Vaike-Kopu_(Puiatu)_vallavalitsus, lk 38
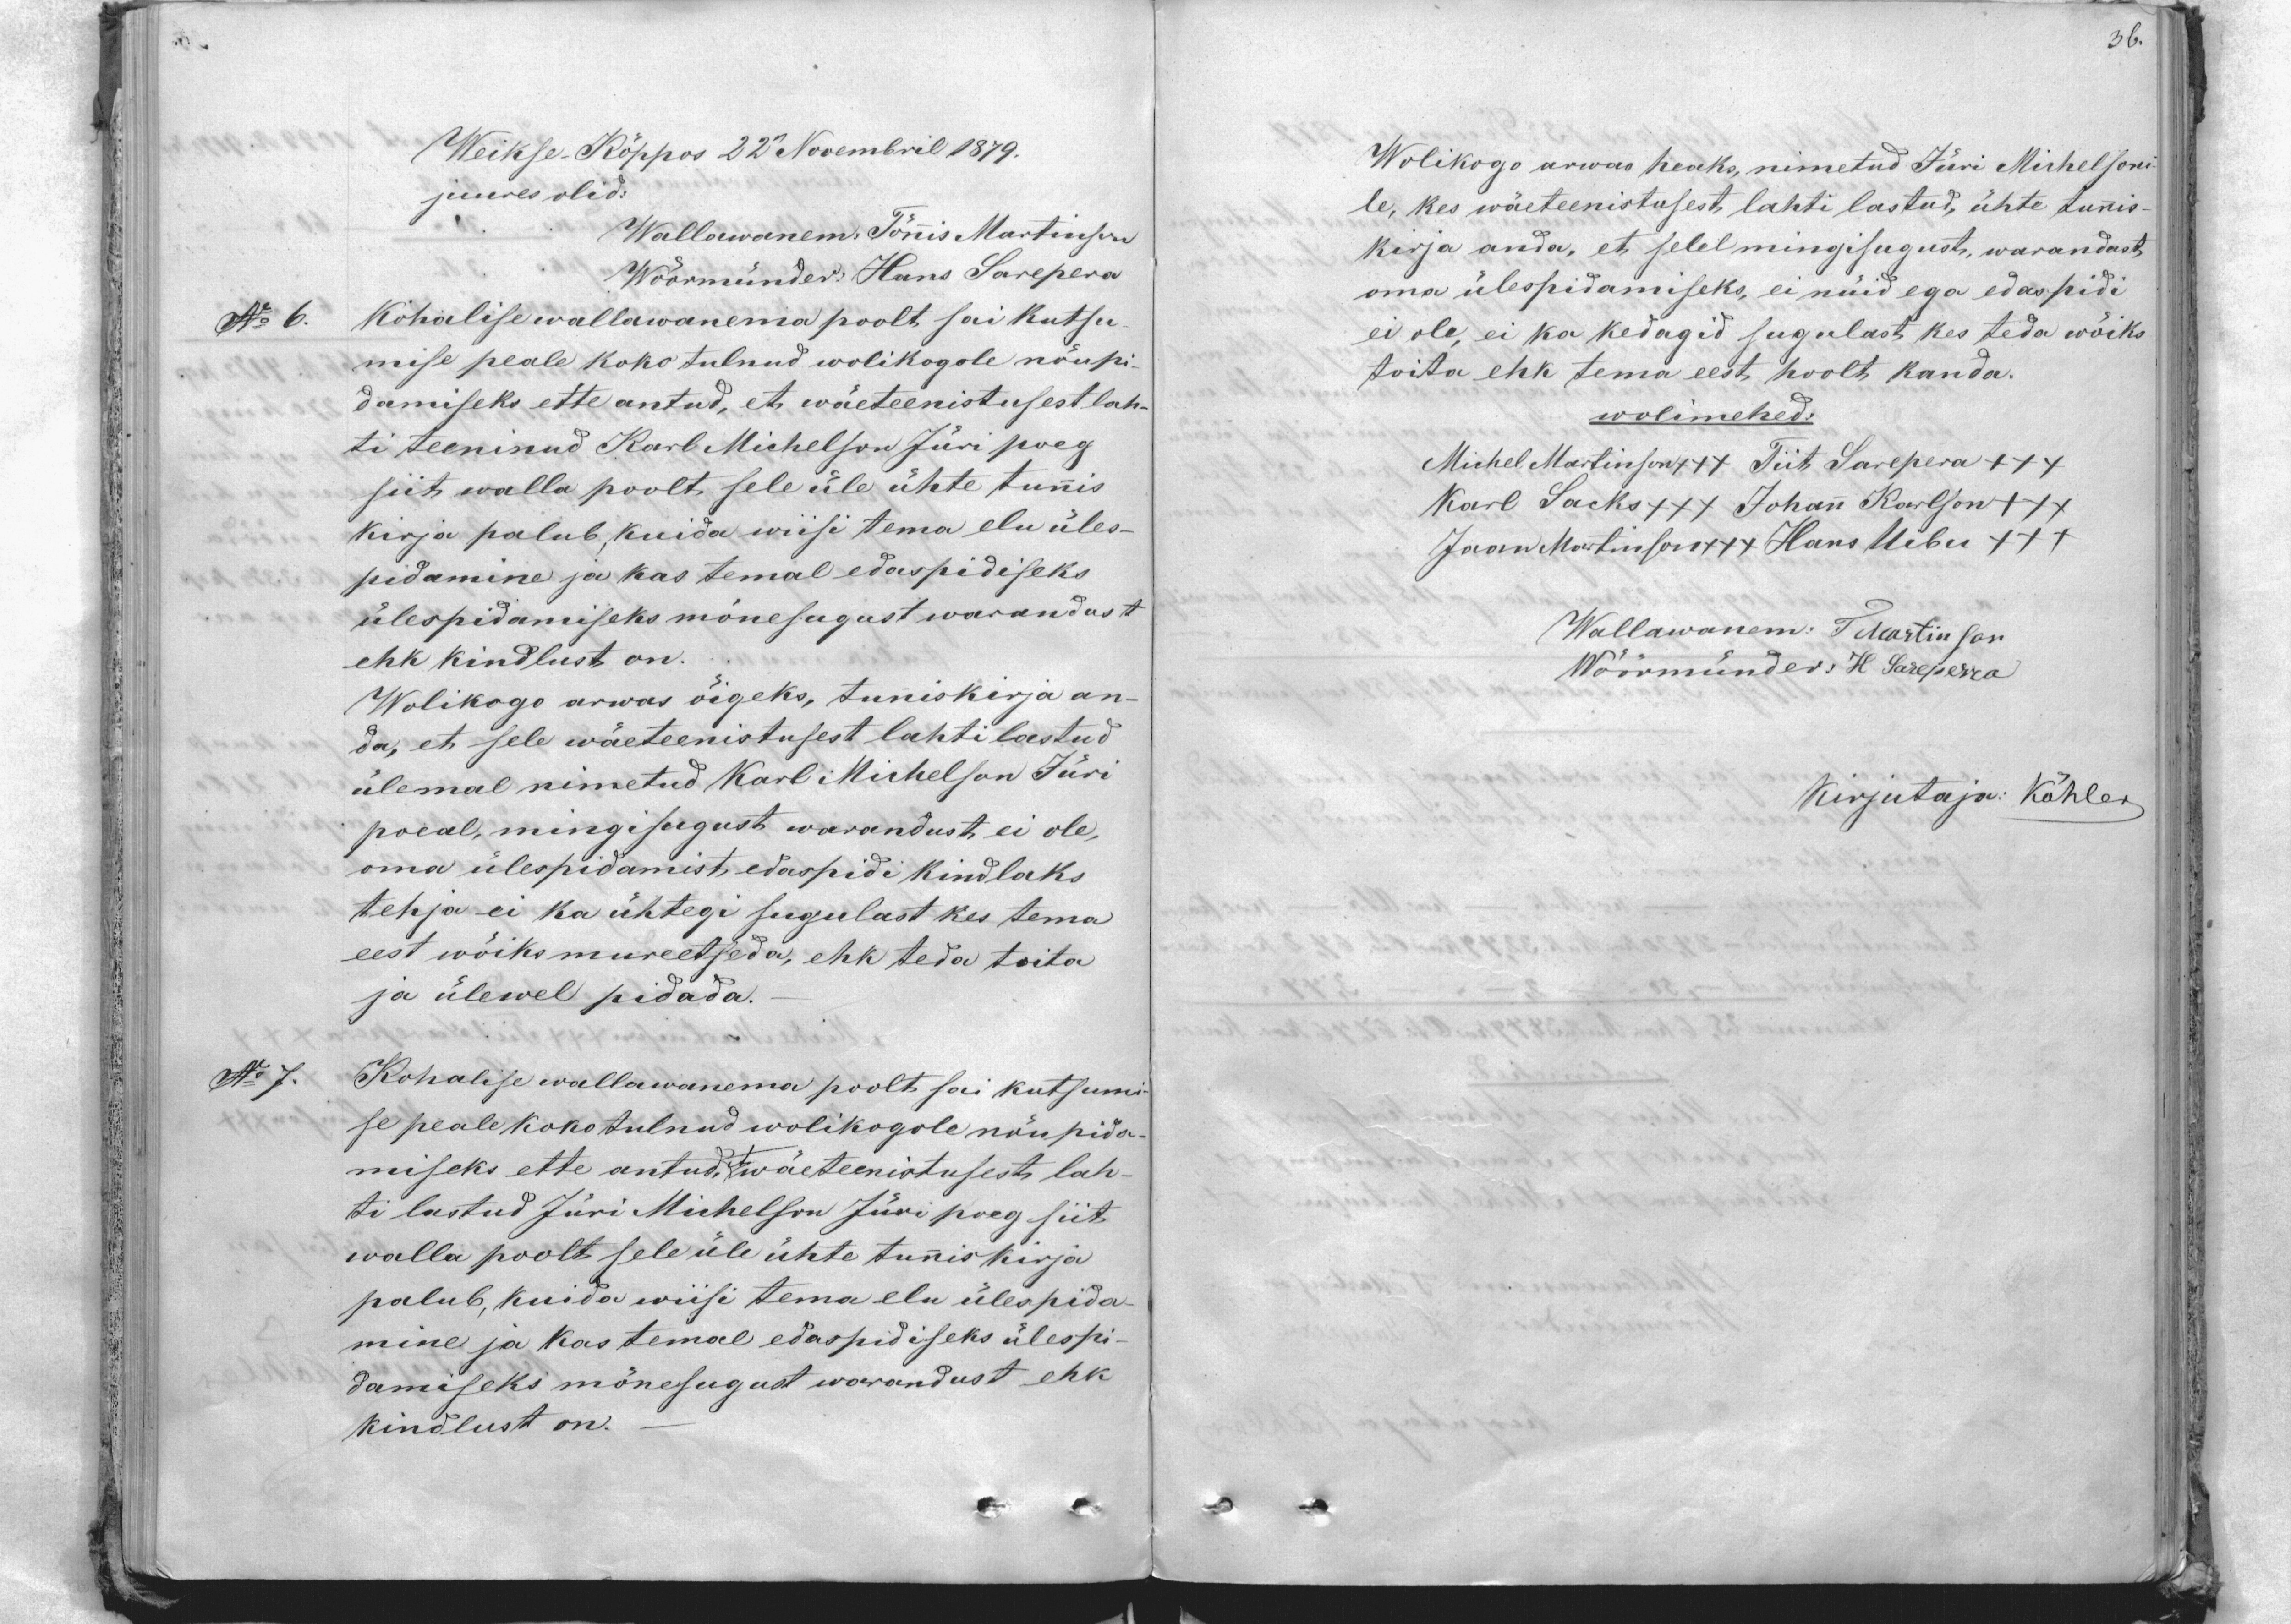
36.

Weikse Köppos 22 Novembril 1879.
juures olid:
Wallawanem, Tönis Martinson
Wöörmünder Hans Sarepera
No 6.
Kohalise wallawanema poolt sai kutsu
mise peale koko tulnud wolikogole nöupi-
damiseks ette antud, et wäeteenistusest lah-
ti teeninud Karl Michelson Jüri poeg
siit walla poolt sele üle ühte tunnis
kirja palub, kuida wiisi tema elu üles-
pidamine ja kas temal edaspidiseks
ülespidamiseks mõnesugust warandust
ehk kindlust on.
Wolikogo arwas öigeks, tuniskirja an-
da, et sele wäeteenistusest lahti lastud
ülemal nimetud Karl Michelson Jüri
poeal, mingisugust warandust ei ole,
oma ülespidamist edaspidi kindlaks
tehja ei ka ühtegi sugulast kes tema
eest wõiks mureetseda, ehk teda toita
ja ülewel pidada.
No 7.
Kohalise wallawanema poolt sai kutsumi
se peale kokotulnud wolikogole nöupida
miseks ette antud, wäeteenistusest lah-
ti lastud Jüri Michelson Jüoi poeg siit
walla poolt selle ühe ühte tunniskirja
palub, kuida wiisi tema elu ülespida-
mine ja kas temal edaspid iseks ülespi-
damiseks mõnesugust warandust ehk
kindlust on.

Wolikogo arwas heaks, nimetud Jüri Michelsoni
le, kes wäeteenistusest lahti lastud, ühte tunnis-
kirja anda, et selel mingisugust, warandust
oma ülespidamiseks, ei nüid ega edaspidi
ei ole, ei ka kedagid sugulast kes teda wõiks
toita ehk tema eest hoolt kanda.
wolimehed:
Michel Martinson +++ Tiit Sarepera +++
Karl Sacks +++ Johann Karlson +++
Jaan Martinson +++ Hans Uibu +++
Wallawanem: T Martinson
Wöörmünder H. Sareperra
Kirjutaja: Köhler